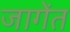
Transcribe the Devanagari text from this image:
जागेंत